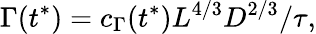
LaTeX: \Gamma(t^{*})=c_{\Gamma}(t^{*})L^{4/3}D^{2/3}/\tau,